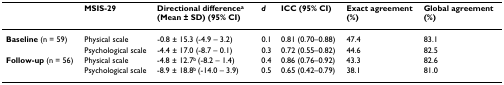
<table><thead><tr><td></td><td><b>MSIS-29</b></td><td><b>Directional difference<sup>a </sup>(Mean ± SD) (95% CI)</b></td><td><b><i>d</i></b></td><td><b>ICC (95% CI)</b></td><td><b>Exact agreement (%)</b></td><td><b>Global agreement (%)</b></td></tr></thead><tbody><tr><td><b>Baseline </b>(n = 59)</td><td>Physical scale</td><td>-0.8 ± 15.3 (-4.9 – 3.2)</td><td>0.1</td><td>0.81 (0.70–0.88)</td><td>47.4</td><td>83.1</td></tr><tr><td></td><td>Psychological scale</td><td>-4.4 ± 17.0 (-8.7 – 0.1)</td><td>0.3</td><td>0.72 (0.55–0.82)</td><td>44.6</td><td>82.5</td></tr><tr><td><b>Follow-up </b>(n = 56)</td><td>Physical scale</td><td>-4.8 ± 12.7<sup>b </sup>(-8.2 – 1.4)</td><td>0.4</td><td>0.86 (0.76–0.92)</td><td>43.3</td><td>82.6</td></tr><tr><td></td><td>Psychological scale</td><td>-8.9 ± 18.8<sup>b </sup>(-14.0 – 3.9)</td><td>0.5</td><td>0.65 (0.42–0.79)</td><td>38.1</td><td>81.0</td></tr></tbody></table>